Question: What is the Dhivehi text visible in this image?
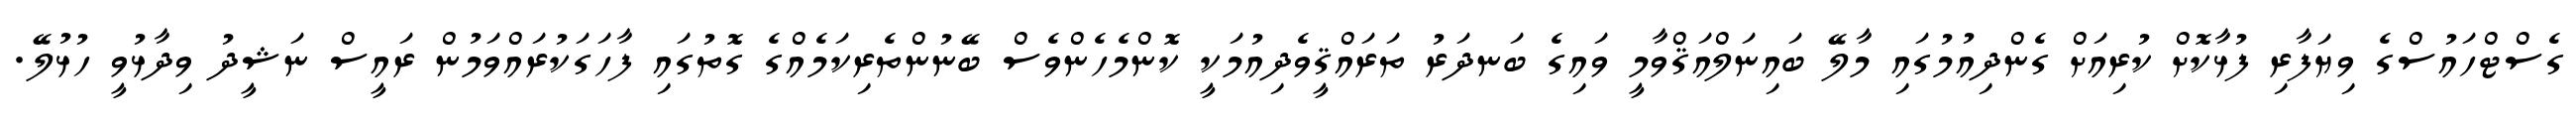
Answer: ގެސްޓްހައުސްގެ ވިޔަފާރި ފުޅާކޮށް ކުރިއަށް ގެންދިއުމުގައި މާލޭ ބައިނަލްއަޤްވާމީ ވައިގެ ބަނދަރު ތަރައްޤީވެދިއުމަކީ ކޮންމެހެންވެސް ބޭނުންތެރިކަމެއްގެ ގޮތުގައި ފާހަގަކުރައްވަމުން ރައީސް ނަޝީދު ވިދާޅުވީ ހުޅުލޭ.